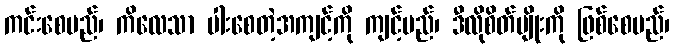
ကင်းစေမည်၊ ကိလေသာ ပါးစေတဲ့အကျင့်ကို ကျင့်မည်၊ ဒီလိုစိတ်မျိုးကို ဖြစ်စေမည်၊